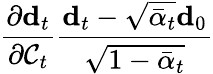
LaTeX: \frac{\partial\mathbf{d}_{t}}{\partial\mathcal{C}_{t}}\frac{\mathbf{d}_{t}-\sqrt{\bar{\alpha}_{t}}\mathbf{d}_{0}}{\sqrt{1-\bar{\alpha}_{t}}}